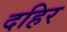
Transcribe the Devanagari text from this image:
दहिर